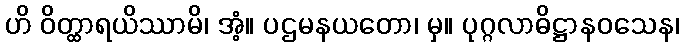
ဟိ ဝိတ္ထာရယိဿာမိ၊ အံ့။ ပဌမနယတော၊ မှ။ ပုဂ္ဂလာဓိဋ္ဌာနဝသေန၊